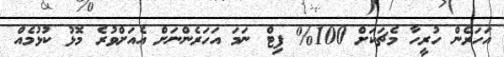
އަހަރެން ހުރީހާ މެޗަކަށް 100% ފިޓް ނަމަ އަހަރެންނަށް އެއަށްވުރެ މޮޅު ކުޅުމެއް